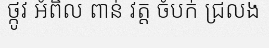
ថ្កូវ អំពិល ពាន់ វត្ត ចំបក់ ជ្រលង